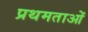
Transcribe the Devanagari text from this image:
प्रथमताओं